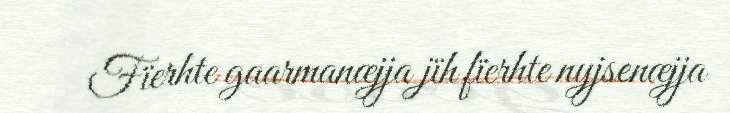
Fïerhte gaarmanæjja jïh fïerhte nyjsenæjja